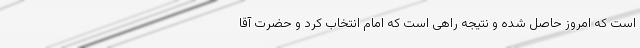
است که امروز حاصل شده و نتیجه راهی است که امام انتخاب کرد و حضرت آقا